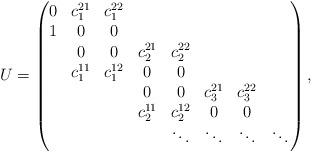
LaTeX: \begin{align*}U=\begin{pmatrix} 0 & c_1^{21} & c_1^{22} &&&&& \\ 1 & 0 & 0 &&& && \\& 0 & 0 & c_2^{21} & c_2^{22} & && \\& c_1^{11} & c_1^{12} & 0 & 0 & && \\&&& 0 & 0 & c_3^{21} & c_3^{22}& \\&&& c_2^{11} & c_2^{12} & 0 & 0 & \\&&&& \ddots & \ddots & \ddots & \ddots\end{pmatrix},\end{align*}